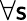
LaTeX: \forall\mathsf{s}